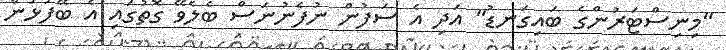
"މިނިސްޓަރުންގެ ބައިގަނޑު" އަދި އެ ސަފުން ނުފެނުނަސް ބެލެވޭ ގޮތުގައި އެ ބޭފުޅުން